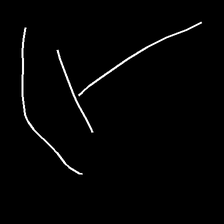
Glyph: dispersion